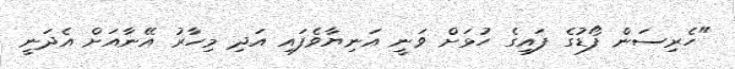
"ހެރިސަން ފޯޑުގެ ފައިގެ ހުޅަށް ވަނީ އަނިޔާވެފައި އަދި މިހާރު އޭނާއަށް އެދަނީ